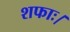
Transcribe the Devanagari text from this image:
शफाः।